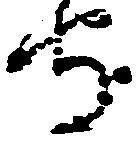
守